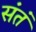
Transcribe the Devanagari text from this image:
संतं